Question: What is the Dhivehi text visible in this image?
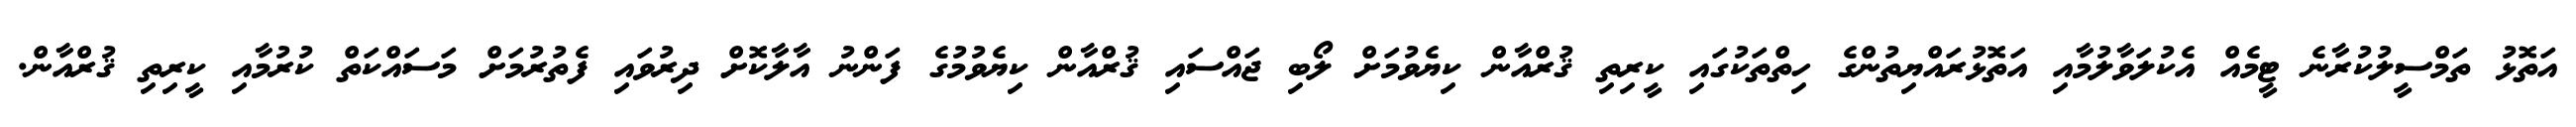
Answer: އަތޮޅު ތަމްސީލުކުރާނެ ޓީމެއް އެކުލަވާލުމާއި އަތޮޅުރައްޔިތުންގެ ހިތްތަކުގައި ކީރިތި ޤުރްއާން ކިޔެވުމަށް ލޯބި ޖައްސައި ޤުރްއާން ކިޔެވުމުގެ ފަންނު އާލާކޮށް ދިރުވައި ފެތުރުމަށް މަސައްކަތް ކުރުމާއި ކީރިތި ޤުރްއާން.